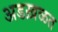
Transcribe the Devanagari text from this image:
अडख़ळत